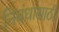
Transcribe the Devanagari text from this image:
निबंधांसाठी